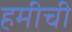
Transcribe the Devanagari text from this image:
हमीची